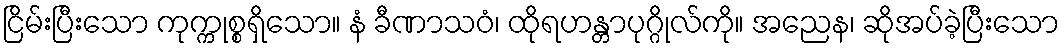
ငြိမ်းပြီးသော ကုက္ကုစ္စရှိသော။ နံ ခီဏာသဝံ၊ ထိုရဟန္တာပုဂ္ဂိုလ်ကို။ အညေန၊ ဆိုအပ်ခဲ့ပြီးသော